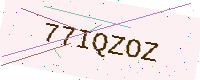
Text: 77IQZOZ